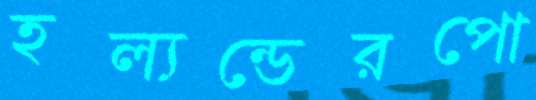
হল্যন্ডেরপো